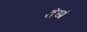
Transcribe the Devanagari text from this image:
तंखं